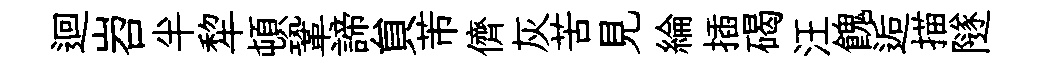
迴岧半犂頓鞏諦貟芾儕灰苦見綸插碣汪餽逅描隧